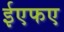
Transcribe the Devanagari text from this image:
ईएफए